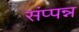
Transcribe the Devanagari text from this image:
संप्पन्न